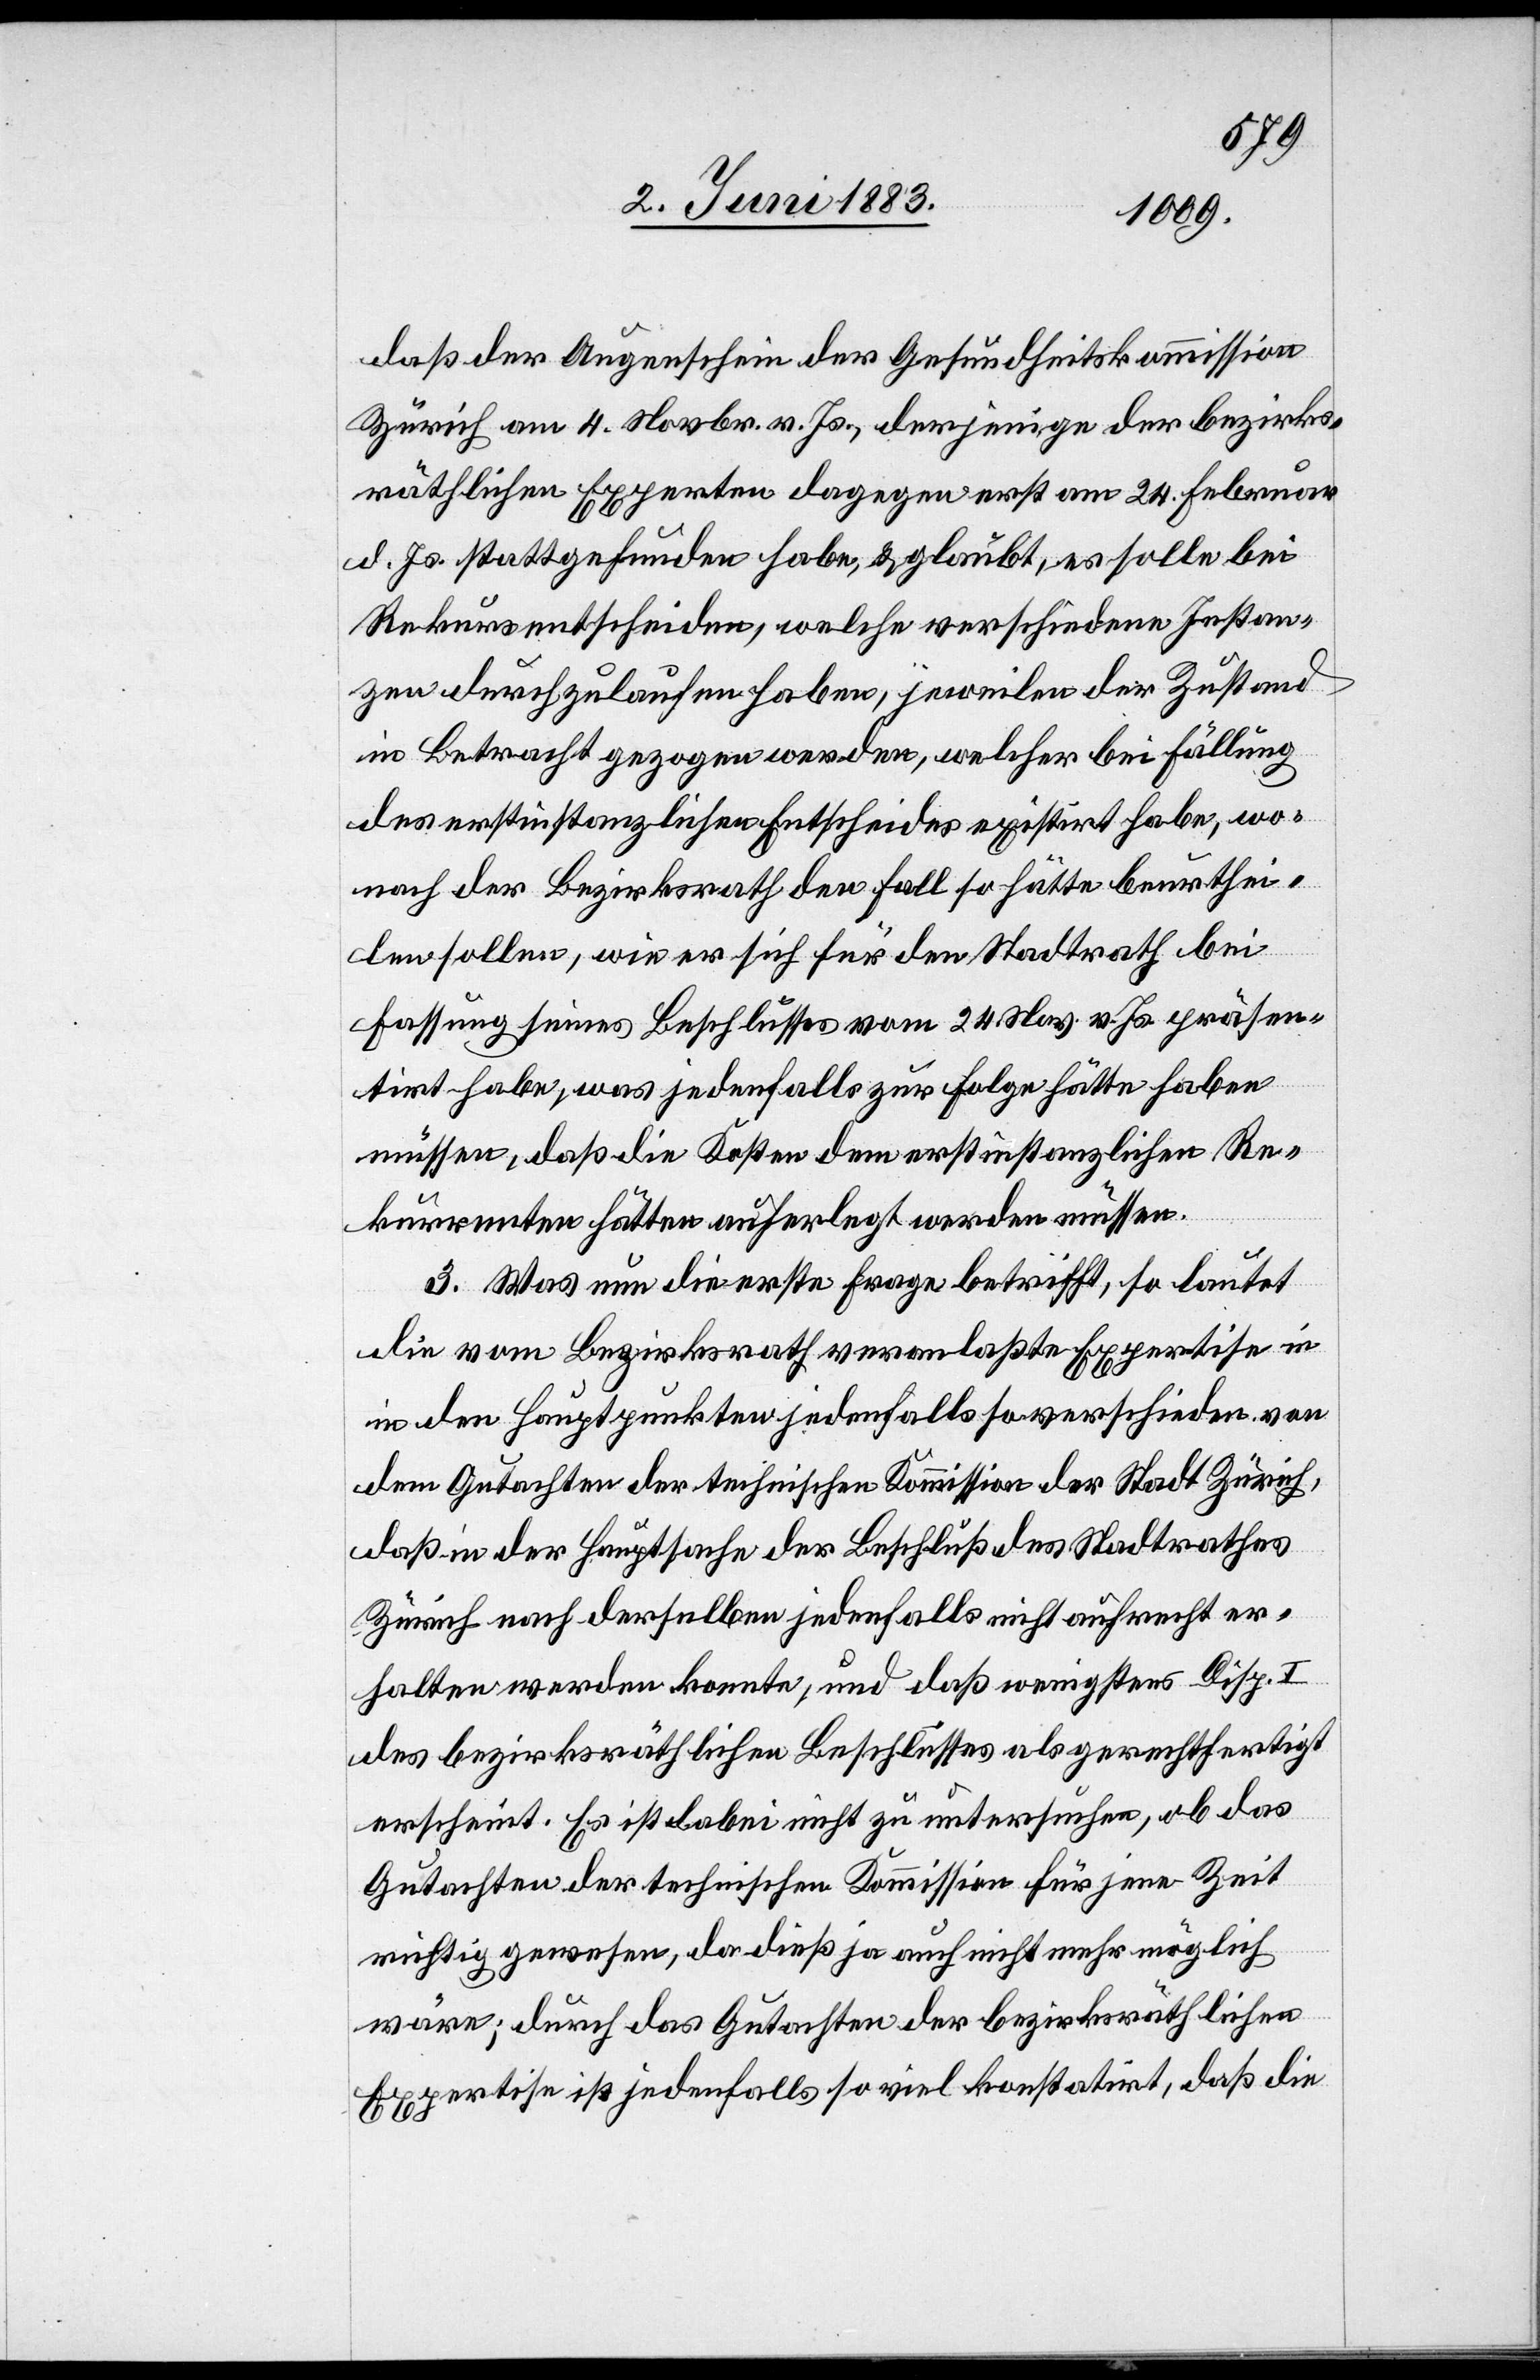
daß der Augenschein der Gesundheitskommission
Zürich am 4. Novbr. v. Js., derjenige der bezirks¬
räthlichen Experten dagegen erst am 24. Februar
d. Js. stattgefunden habe & glaubt, es solle bei
Rekursentscheiden, welche verschiedene Instan¬
zen durchzulaufen haben, jeweilen der Zustand
in Betracht gezogen werden, welcher bei Fällung
des erstinstanzlichen Entscheides existirt habe, wo¬
nach der Bezirksrath den Fall so hätte beurthei¬
len sollen, wie es sich für den Stadtrath bei
Fassung seines Beschlusses vom 24. Nov. v. Js. präsen¬
[s¬
tirt habe, was jedenfalls zur Folge hätte haben
müssen, daß die Kosten dem erstinstanzlichen Re¬
kurrenten hätten auferlegt werden müssen.
3. Was nun die erste Frage betrifft, so lautet
die vom Bezirksrath veranlaßte Expertise in
ic!] den Hauptpunkten jedenfalls so verschieden von
dem Gutachten der technischen Kommission der Stadt Zürich,
daß in der Hauptsache der Beschluß des Stadtrathes
Zürich nach derselben jedenfalls nicht aufrecht er¬
halten werden konnte, und daß wenigstens Disp. I
des bezirksräthlichen Beschlusses als gerechtfertigt
erscheint. Es ist dabei nicht zu untersuchen, ob das
Gutachten der technischen Kommission für jene Zeit
richtig gewesen, da dieß ja auch nicht mehr möglich
wäre; durch das Gutachten der bezirksräthlichen
Expertise ist jedenfalls so viel konstatirt, daß die